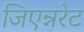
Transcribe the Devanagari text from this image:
जिएन्नरेट